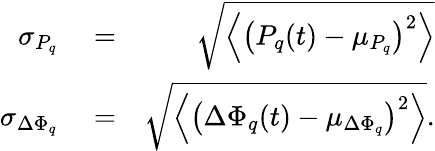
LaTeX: \begin{array}{rlr}{\sigma_{P_{q}}}&{{}=}&{\sqrt{\left\langle\left(P_{q}(t)-\mu_{P_{q}}\right)^{2}\right\rangle}}\\ {\sigma_{\Delta\Phi_{q}}}&{{}=}&{\sqrt{\left\langle\left(\Delta\Phi_{q}(t)-\mu_{\Delta\Phi_{q}}\right)^{2}\right\rangle}.}\end{array}